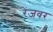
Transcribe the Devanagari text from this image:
रेंजवर